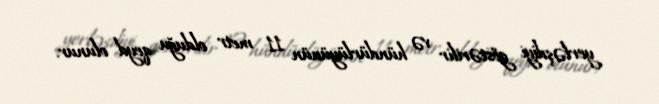
yerləşdiyi göstərilir və hündürlüyünün 11 metr olduğu qeyd olunur.